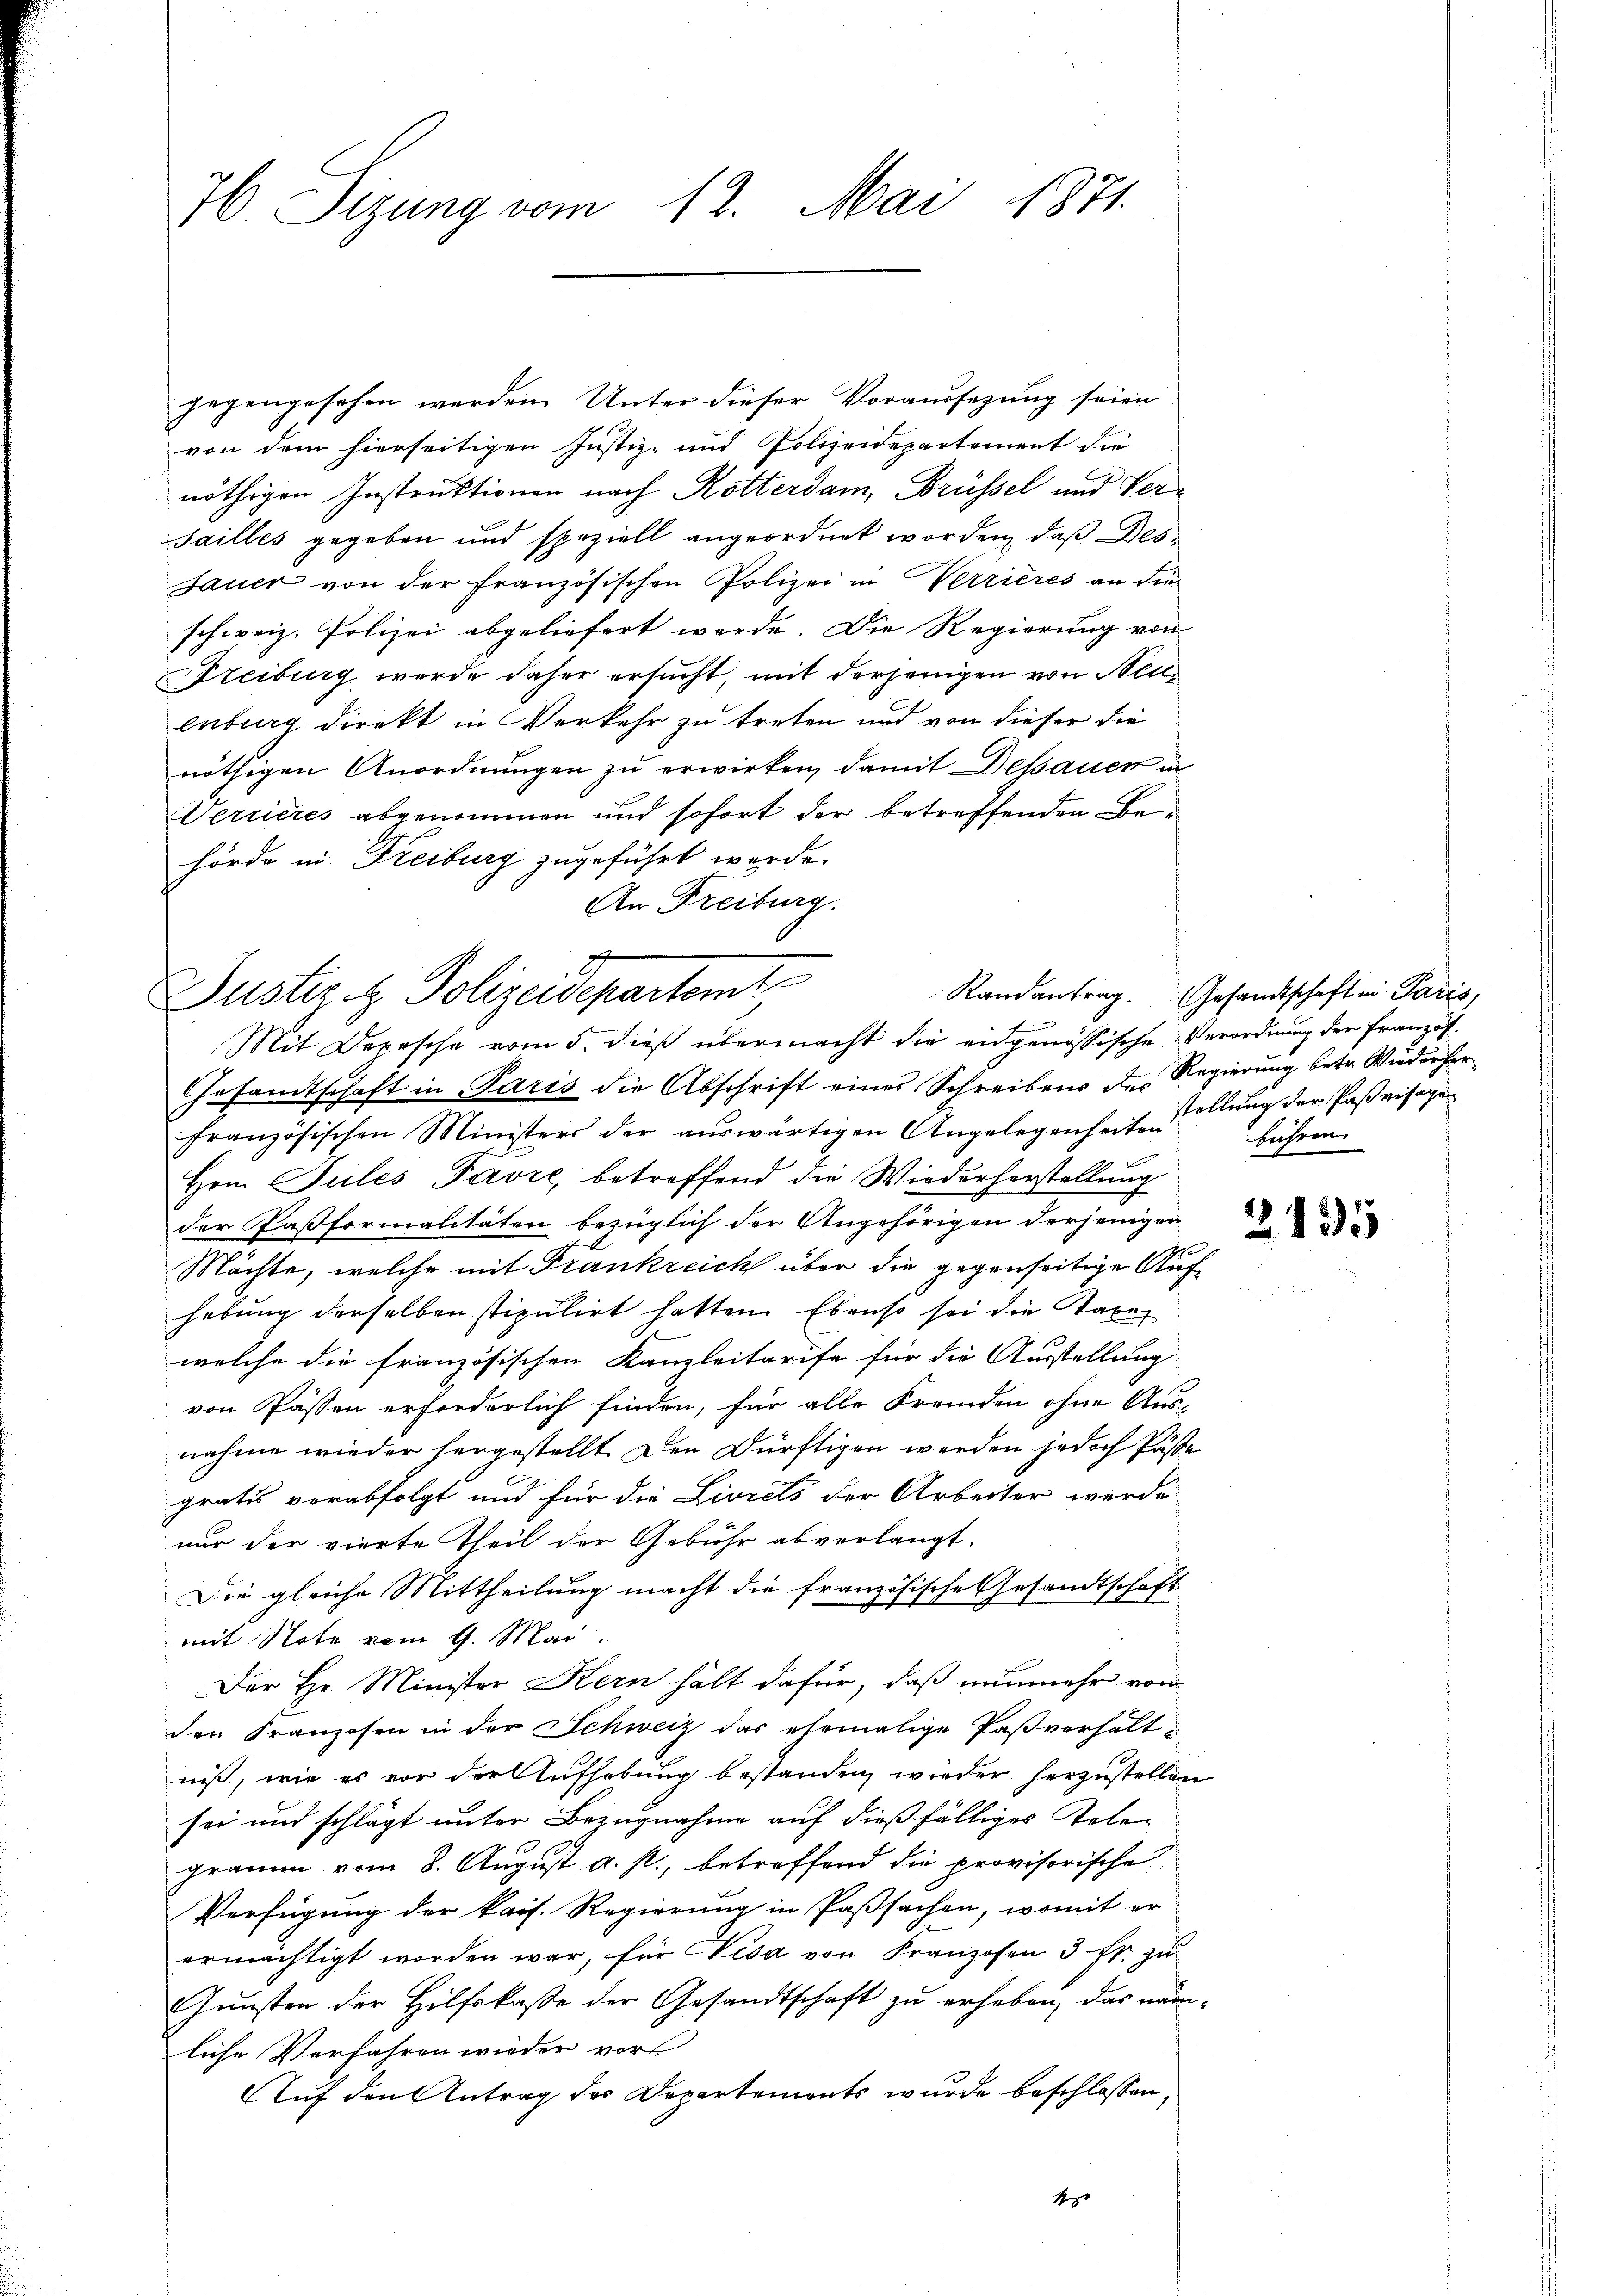
76. Sizung vom 12. Mai 1871.

gegengesehen werden. Unter dieser Voraussezung seien
von dem hierseitigen Justiz- und Polizeidepartement die
nöthigen Instruktionen nach Rotterdam, Brüssel und Ver¬
Sailles gegeben und speziell angeordnet worden, daß Des¬
Sauer von der französischen Polizei in Verrieres an die
schweiz. Polizei abgeliefert werde. Die Regierŭng von
Treiburg wurde daher ersucht, mit derjenigen von Neuenberg direkt in Verkehr zu treten und von dieser die
nöthigen Anordnungen zu erwirken, damit Dessauer in
Verrieres abgenommen und sofort der betreffenden Behörde in Freiburg zugeführt werde.
An Freiburg.

Justiz & Polizeidepartamt,
Mit Depesche vom 5. dieß übermacht die engenössische Verordnung der Franzof¬

Gesandtschaft in Paris die Abschrift eines Schreibens der Regierung betr. Wiederherfranzösischen Ministers der aŭswärtigen Angelegenheiten führen.
Hrn. Siles Favre, betreffend die Wiederherstellung
der Pasformalitäten bezüglich der Angehörigen derjenigen
Möchte, welche mit Frankreich über die gegenseitige Aufhebung derselben stipulirt hatten. Ebenso sei die Taxe
welche die französischen Kanzleitarife für die Ausstellung
von Passen erforderlich finden, für alle Fremden ohne Aus-
nahme wieder hergestellt. Den Dürftigen werden jedoch Paste
gratis vorabfolgt und für die Livrels der Arbeiter werde
nur der vierte Theil der Gebühr abverlangt.
Die gleiche Mittheilung macht die französische Gesandtschaft
mit Note vom 9. Mai
Der Hr. Minister Kern hält dafür, daß nunmehr von
den Franzosen in der Schweiz das ehemalige Paßverhältniß, wie es vor der Aufhebung bestanden, wieder herzustellen
sei und schlägt unter Bezugnahme auf dießfälliges Tele-
gramm vom 8. August a. p., betreffend die provisorische
Verfügung der kais. Regierung in Paßsachen, womit er
ermächtigt worden war, für Nisa von Franzosen 3 fr. zu
Gunsten der Hilfskasse der Gesandtschaft zu erhaben, das näm-
liche Verfahren wieder vors
Auf den Antrag des Departements wurde beschlossen,
s

Randantrag. Gesandtschaft in Paris,
stellung der Paßvisagen

2135